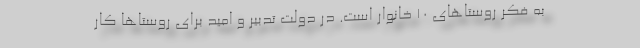
به فکر روستاهای ۱۰ خانوار است. در دولت تدبیر و امید برای روستاها کار